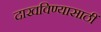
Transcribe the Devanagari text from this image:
दाखविण्यासाठीं